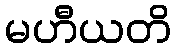
မဟီယတိ